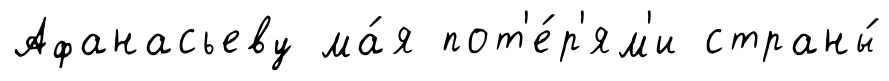
Афанасьеву ма́я пот'е́р'ям'и страны́